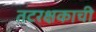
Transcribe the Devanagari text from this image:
तटरक्षकाची